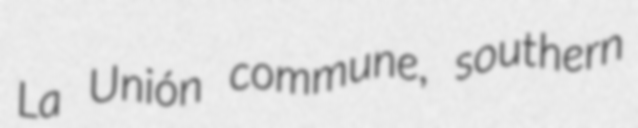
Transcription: La Unión commune, southern